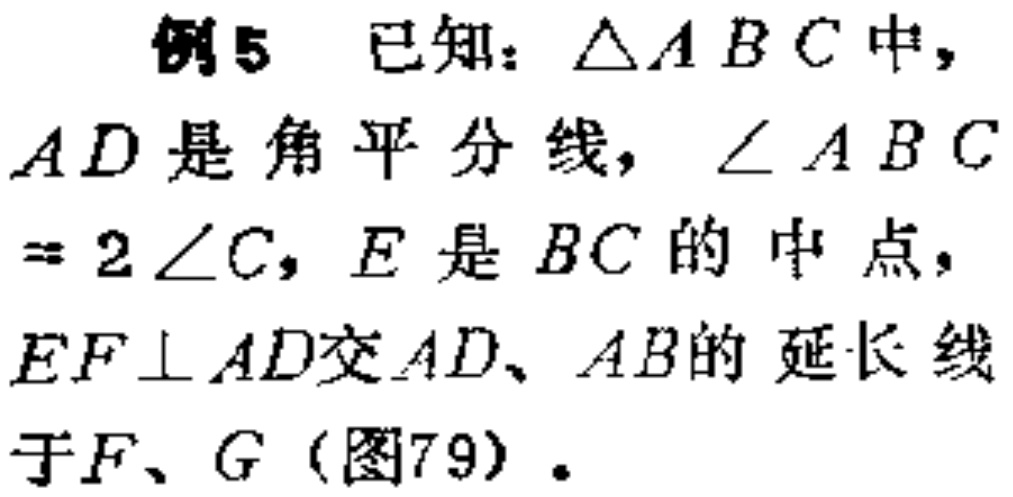
例5 已知：\(\triangle ABC\)中，

\(AD\)是角平分线，\(\angle ABC\)

\(= 2\angle C\)，\(E\)是\(BC\)的中点，

\(EF\perp AD\)交\(AD\)、\(AB\)的延长线

于\(F\)、\(G\)（图79）.